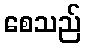
စေသည်